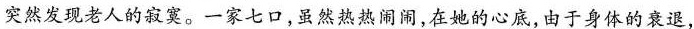
"突然发现老人的寂寞。一家七口,虽然热热闹闹,在她的心底，由于身体的衰退，